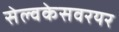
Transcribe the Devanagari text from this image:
सेल्वकेसवरयर